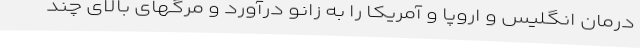
درمان انگلیس و اروپا و آمریکا را به زانو درآورد و مرگهای بالای چند